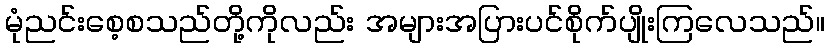
မုံညင်းစေ့စသည်တို့ကိုလည်း အများအပြားပင်စိုက်ပျိုးကြလေသည်။